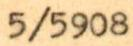
5/5908